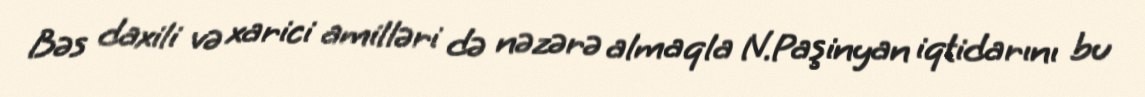
Bəs daxili və xarici amilləri də nəzərə almaqla N.Paşinyan iqtidarını bu